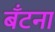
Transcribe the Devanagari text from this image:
बँटना